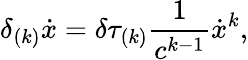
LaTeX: \delta_{(k)}\dot{x}=\delta\tau_{(k)}\frac{1}{c^{k-1}}\dot{x}^{k},